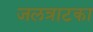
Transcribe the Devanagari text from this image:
जलत्राटका